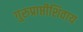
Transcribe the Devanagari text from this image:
गुरुप्राप्तीशिवाय